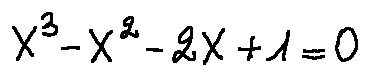
X ^ { 3 } - X ^ { 2 } - 2 X + 1 = 0